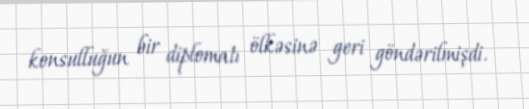
konsulluğun bir diplomatı ölkəsinə geri göndərilmişdi.